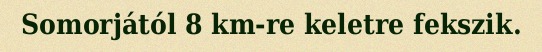
Somorjától 8 km-re keletre fekszik.